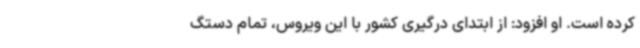
کرده است. او افزود: از ابتدای درگیری کشور با این ویروس، تمام دستگ